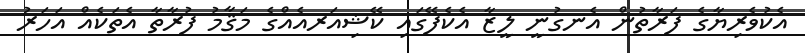
އެކުވެރިޔާގެ ފަރާތުން އެނގުނީ ލީޒާ އެކެފޭގައި ކޭޝިއަރއެއްގެ މަޤާމު ފުރާތާ އެތަކެއް އަހަރު